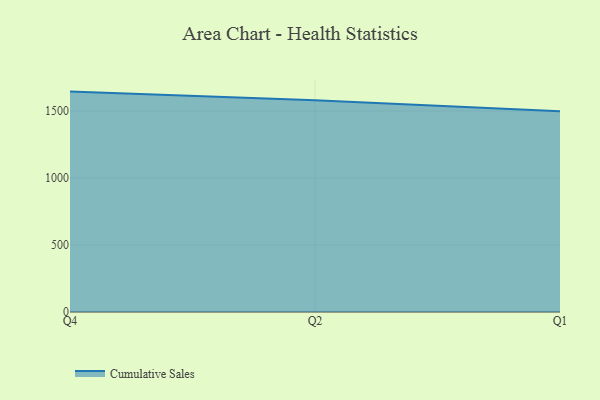
{"axis": {"x": "Quarter", "y": "Page Views"}, "legend": ["Cumulative Sales"], "data": [{"x": "Q4", "y": 1645.0, "type": "Cumulative Sales"}, {"x": "Q2", "y": 1579.8, "type": "Cumulative Sales"}, {"x": "Q1", "y": 1498.8, "type": "Cumulative Sales"}]}